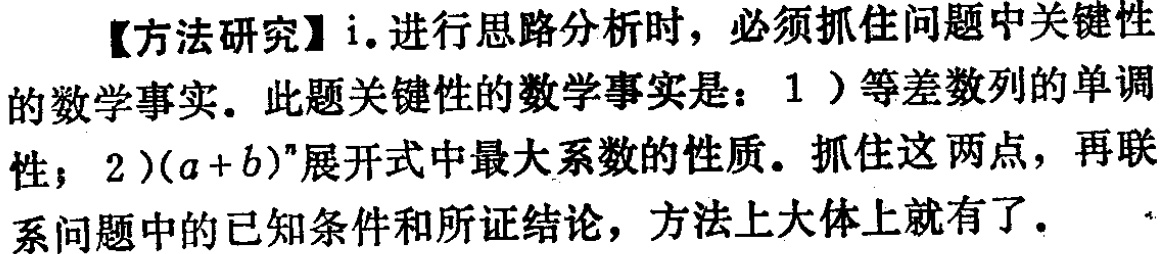
【方法研究】i. 进行思路分析时，必须抓住问题中关键性的数学事实. 此题关键性的数学事实是：1）等差数列的单调性；2）\((a + b)^n\)展开式中最大系数的性质. 抓住这两点，再联系问题中的已知条件和所证结论，方法上大体上就有了.